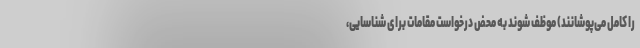
را کامل می‌پوشانند) موظف شوند به محض درخواست مقامات برای شناسایی،